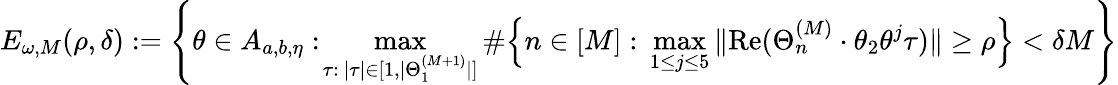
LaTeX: E_{\omega,M}(\rho,\delta):=\left\{ \theta\in A_{a,b,\eta}:\! \operatorname*{max}_{\tau:\ |\tau|\in[1,|\Theta_{1}^{(M+1)}|]}\# \Bigl\{ n\in[M]:\, \operatorname*{max}_{1\le j\le 5}\| \textup{Re}(\Theta_{n}^{(M)}\cdot\theta_{2}\theta^{j}\tau)\| \ge\rho\Bigr\} <\delta M\right\}